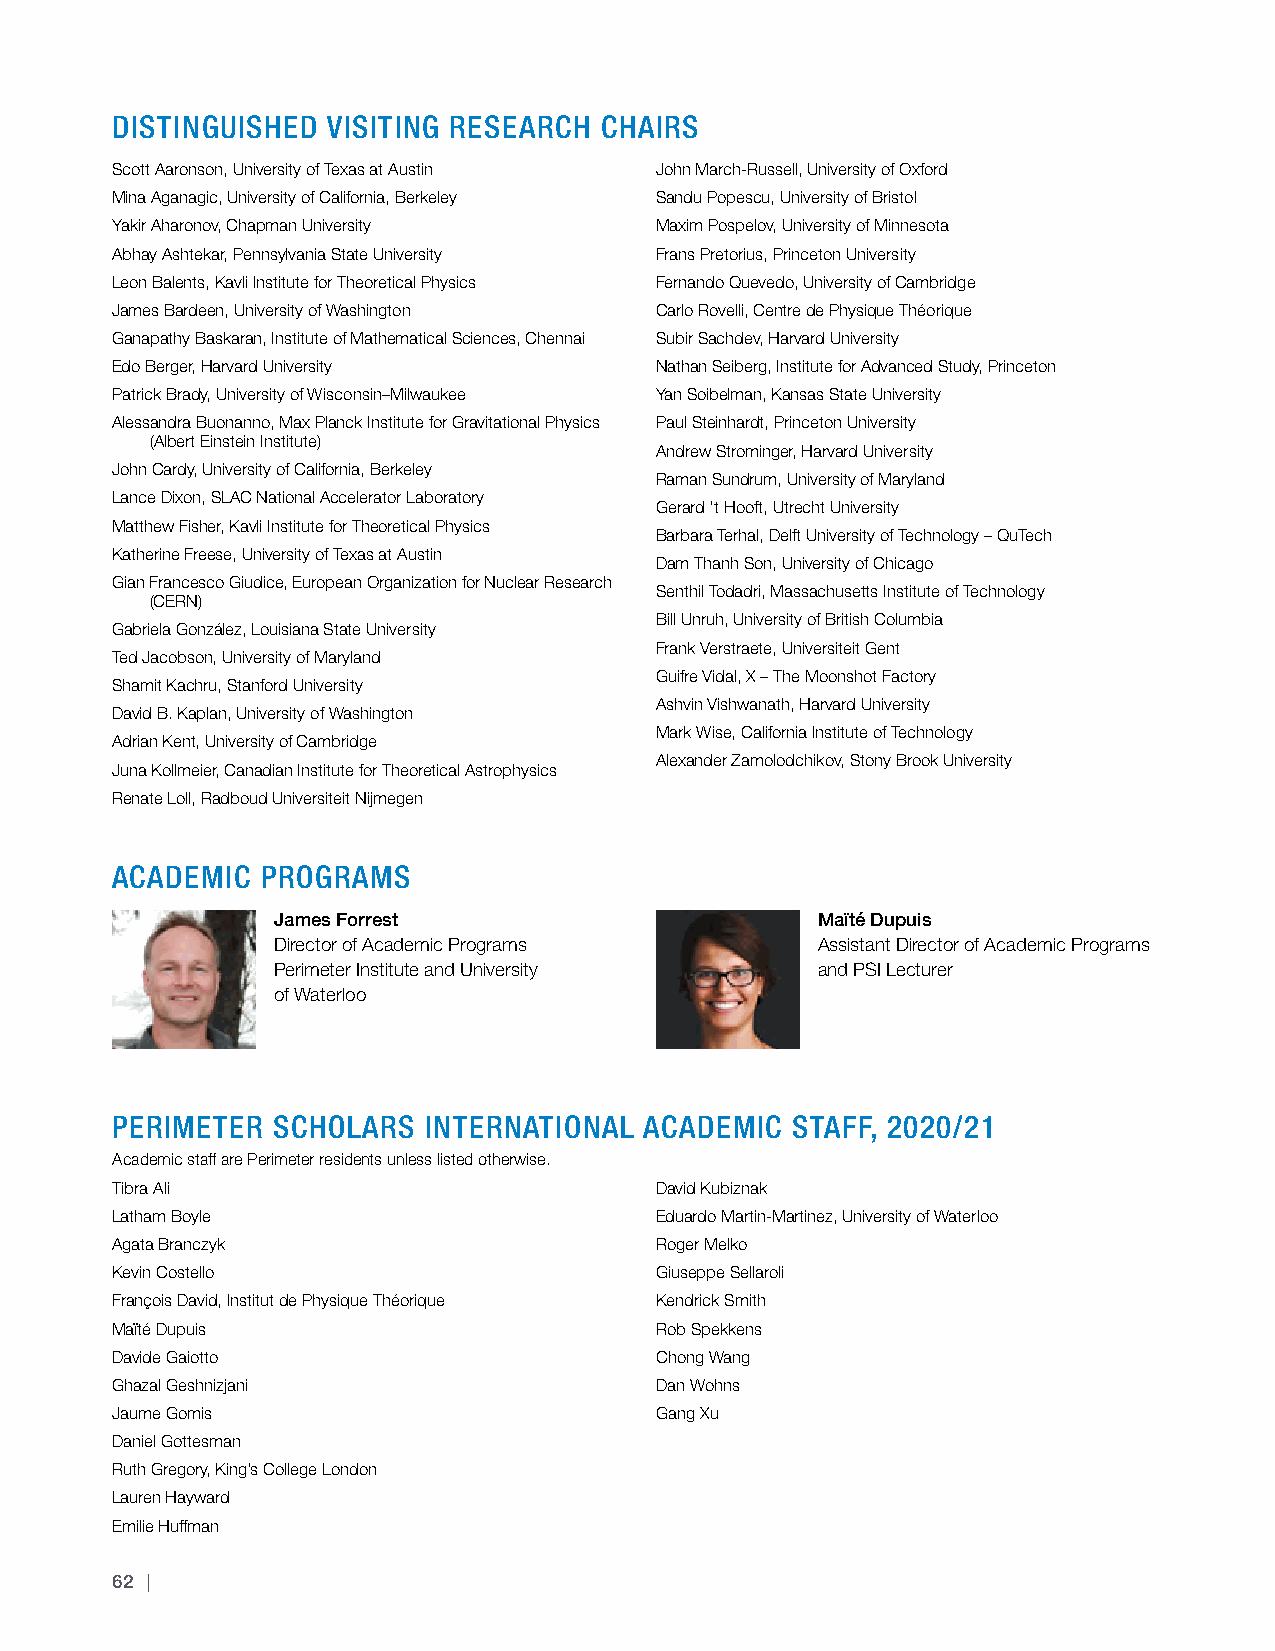
DISTINGUISHED  VISITING RESEARCH CHAIRS
 Scott Aaronson, University of Texas at Austin John March-Russell, University of Oxford
 Mina Aganagic, University of California, Berkeley Sandu Popescu, University of Bristol
 Yakir Aharonov, Chapman University  Maxim Pospelov, University of Minnesota
 Abhay Ashtekar, Pennsylvania State University Frans Pretorius, Princeton University
 Leon Balents, Kavli Institute for Theoretical Physics Fernando Quevedo, University of Cambridge
 James Bardeen, University of Washington Carlo Rovelli, Centre de Physique Théorique
 Ganapathy Baskaran, Institute of Mathematical Sciences, Chennai Subir Sachdev, Harvard University
 Edo Berger, Harvard University      Nathan Seiberg, Institute for Advanced Study, Princeton
 Patrick Brady, University of Wisconsin–Milwaukee Yan Soibelman, Kansas State University
 Alessandra Buonanno, Max Planck Institute for Gravitational Physics Paul Steinhardt, Princeton University
 (Albert Einstein Institute)
 Andrew Strominger, Harvard University
 John Cardy, University of California, Berkeley
 Raman Sundrum, University of Maryland
 Lance Dixon, SLAC National Accelerator Laboratory
 Gerard 't Hooft, Utrecht University
 Matthew Fisher, Kavli Institute for Theoretical Physics
 Barbara Terhal, Delft University of Technology – QuTech
 Katherine Freese, University of Texas at Austin
 Dam Thanh Son, University of Chicago
 Gian Francesco Giudice, European Organization for Nuclear Research
 Senthil Todadri, Massachusetts Institute of Technology
 (CERN)
 Bill Unruh, University of British Columbia
 Gabriela González, Louisiana State University
 Frank Verstraete, Universiteit Gent
 Ted Jacobson, University of Maryland
 Guifre Vidal, X – The Moonshot Factory
 Shamit Kachru, Stanford University
 Ashvin Vishwanath, Harvard University
 David B. Kaplan, University of Washington
 Mark Wise, California Institute of Technology
 Adrian Kent, University of Cambridge
 Alexander Zamolodchikov, Stony Brook University
 Juna Kollmeier, Canadian Institute for Theoretical Astrophysics
 Renate Loll, Radboud Universiteit Nijmegen
 ACADEMIC  PROGRAMS
 James Forrest                       Maïté Dupuis
 Director of Academic Programs       Assistant Director of Academic Programs
 Perimeter Institute and University  and PSI Lecturer
 of Waterloo
 PERIMETER  SCHOLARS  INTERNATIONAL  ACADEMIC STAFF, 2020/21
 Academic staff are Perimeter residents unless listed otherwise.
 Tibra Ali                           David Kubiznak
 Latham Boyle                        Eduardo Martin-Martinez, University of Waterloo
 Agata Branczyk                      Roger Melko
 Kevin Costello                      Giuseppe Sellaroli
 François David, Institut de Physique Théorique Kendrick Smith
 Maïté Dupuis                        Rob Spekkens
 Davide Gaiotto                      Chong Wang
 Ghazal Geshnizjani                  Dan Wohns
 Jaume Gomis                         Gang Xu
 Daniel Gottesman
 Ruth Gregory, King’s College London
 Lauren Hayward
 Emilie Huffman
 62 |